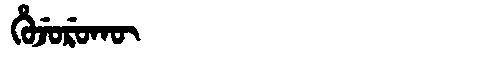
Manchu: ᡥᡠᠵᡠᡵᡠᡴᡡ
Romanization: HUJURUKŪ